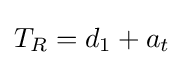
T_{R}=d_{1}+a_{t}